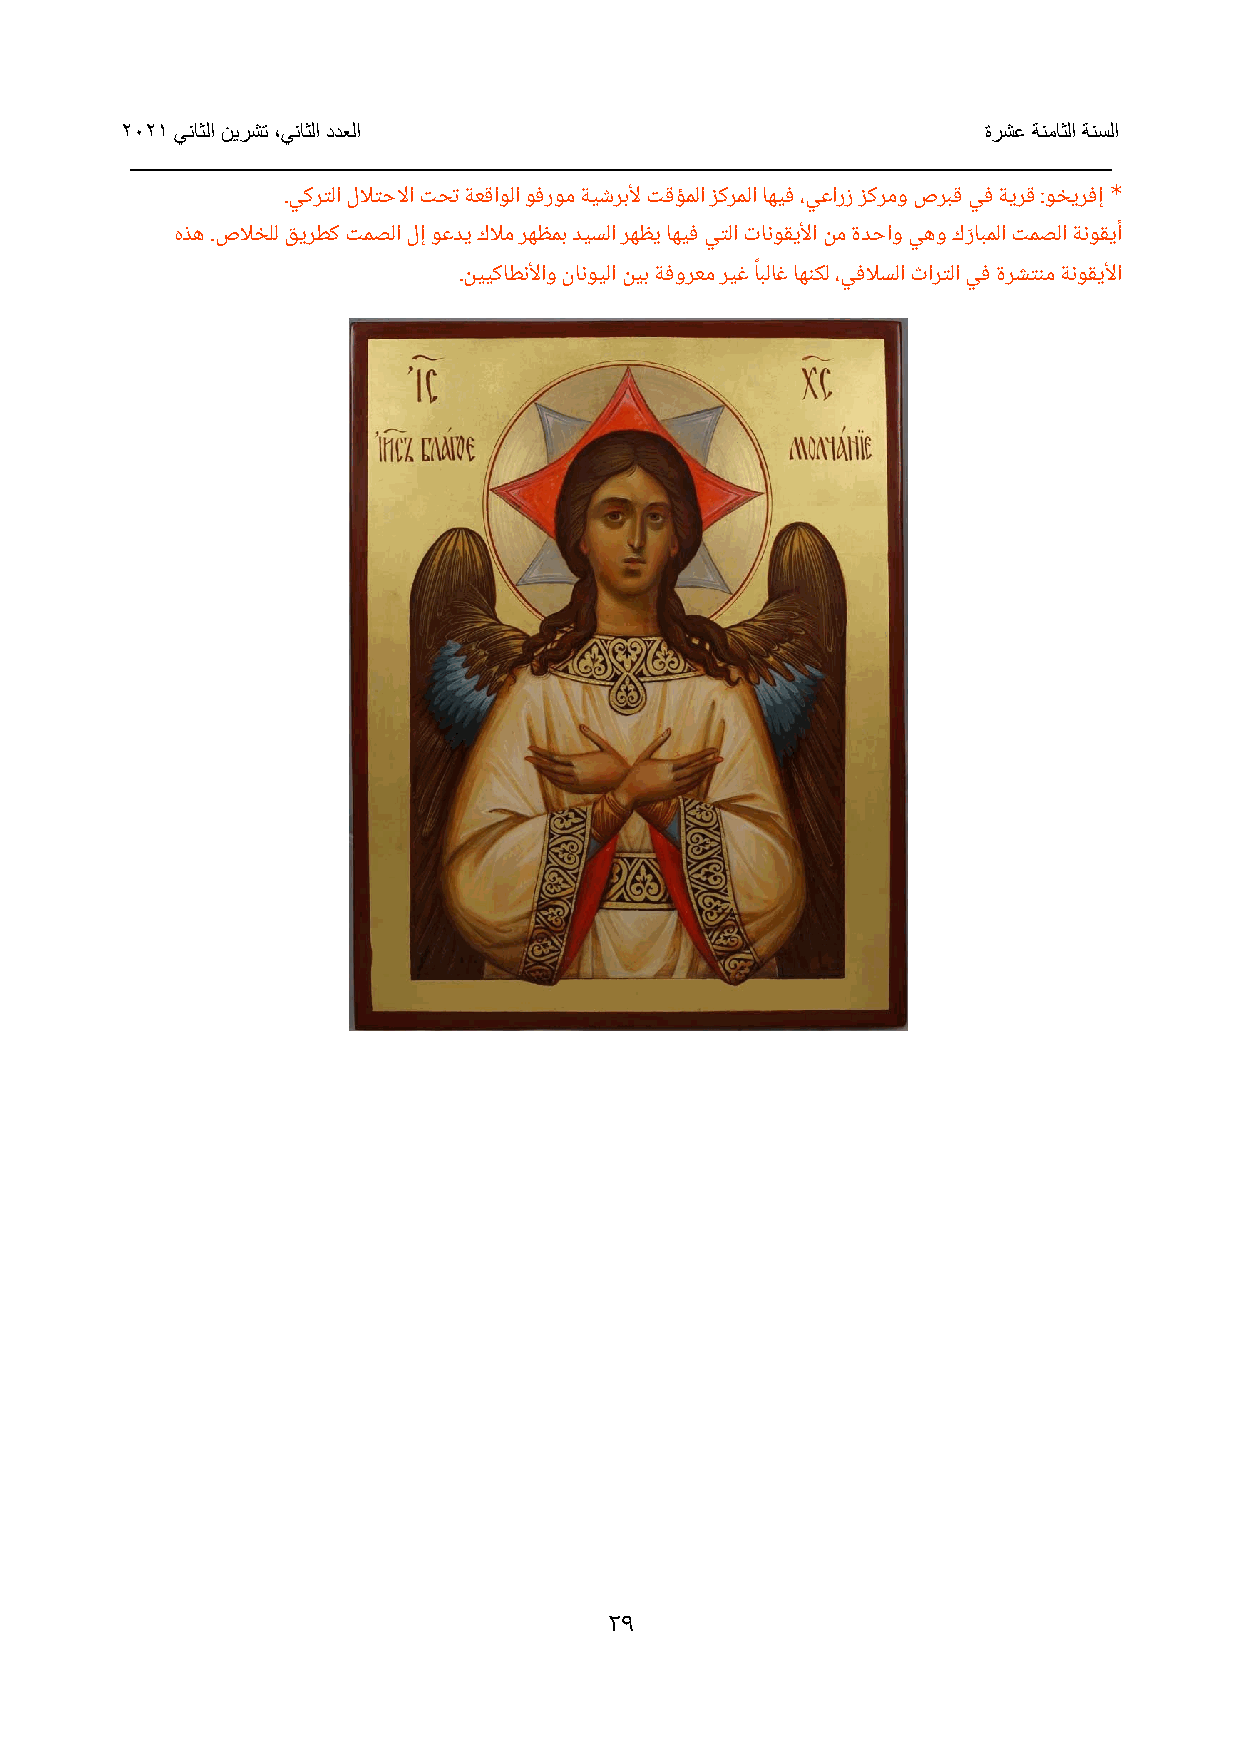
2021 يناثلا نيرشت ،يناثلا ددعلا                          ةرشع ةنماثلا ةنسلا
 _____________________________________________________________________________
 *
 .يكرتلا للاتحلاا تحت ةعقاولا وفروم ةيشربلأ تقؤملا زكرملا اهيف ،يعارز زكرمو صربق يف ةيرق :وخيرفإ
 هذه .صلاخلل قيرطك تمصلا لإ وعدي كلام رهظمب ديسلا رهظي اهيف يتلا تانوقيلأا نم ةدحاو يهو كرَ ابملا تمصلا ةنوقيأ
 .نييكاطنلأاو نانويلا نيب ةفورعم ريغ اًبلاغ اهنكل ،يفلاسلا ثارتلا يف ةرشتنم ةنوقيلأا
 29